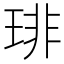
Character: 琲